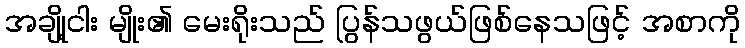
အချို့ငါး မျိုး၏ မေးရိုးသည် ပြွန်သဖွယ်ဖြစ်နေသဖြင့် အစာကို